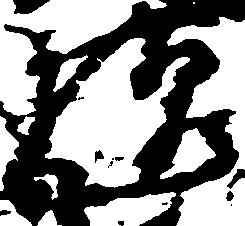
様